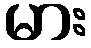
မား